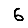
Digit: 6